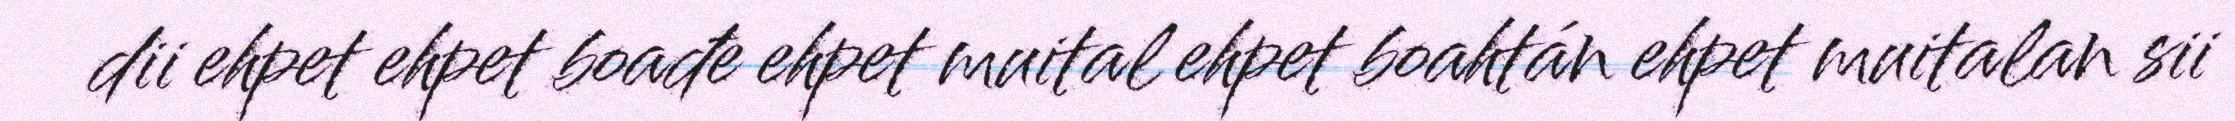
dii ehpet ehpet boađe ehpet muital ehpet boahtán ehpet muitalan sii